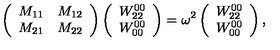
\left( \begin{array} { c c } { M _ { 1 1 } } & { M _ { 1 2 } } \\ { M _ { 2 1 } } & { M _ { 2 2 } } \\ \end{array} \right) \left( \begin{array} { c } { W _ { 2 2 } ^ { 0 0 } } \\ { W _ { 0 0 } ^ { 0 0 } } \\ \end{array} \right) = \omega ^ { 2 } \left( \begin{array} { c } { W _ { 2 2 } ^ { 0 0 } } \\ { W _ { 0 0 } ^ { 0 0 } } \\ \end{array} \right) ,